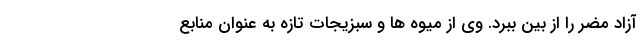
آزاد مضر را از بین ببرد. وی از میوه ها و سبزیجات تازه به عنوان منابع